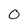
Character: O